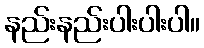
နည်းနည်းပါးပါးပါ။